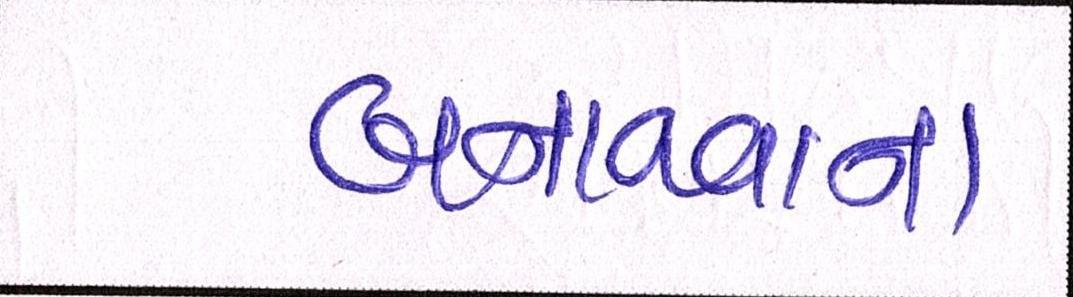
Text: બનાવવાના